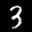
Label: 3